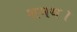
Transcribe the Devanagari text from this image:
शमथ।